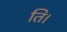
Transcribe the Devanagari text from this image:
ति।